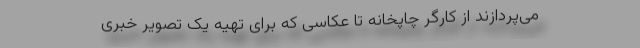
می‌پردازند از کارگرِ چاپخانه تا عکاسی که برای تهیه یک تصویر خبری